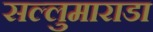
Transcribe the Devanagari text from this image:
सल्लुमाराडा